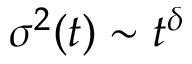
\sigma ^ { 2 } ( t ) \sim t ^ { \delta }